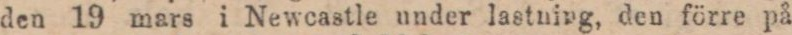
den 19 mars i Newcastle under lastning, den förre på